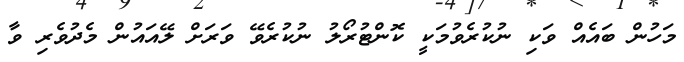
މަހުން ބައެއް ވަކި ނުކުރެވުމަކީ ކޮންޓުރޯލު ނުކުރެވޭ ވަރަށް ލޭއައުން މެދުވެރި ވާ